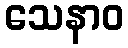
သေနာဝ